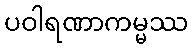
ပဝါရဏာကမ္မဿ